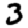
Digit: 3